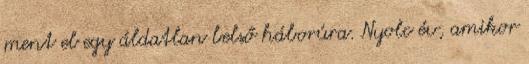
ment el egy áldatlan belső háborúra. Nyolc év, amikor